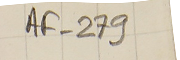
AF-279